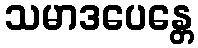
သမာဒပေန္တေ